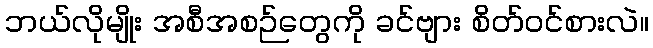
ဘယ်လိုမျိုး အစီအစဉ်တွေကို ခင်ဗျား စိတ်ဝင်စားလဲ။